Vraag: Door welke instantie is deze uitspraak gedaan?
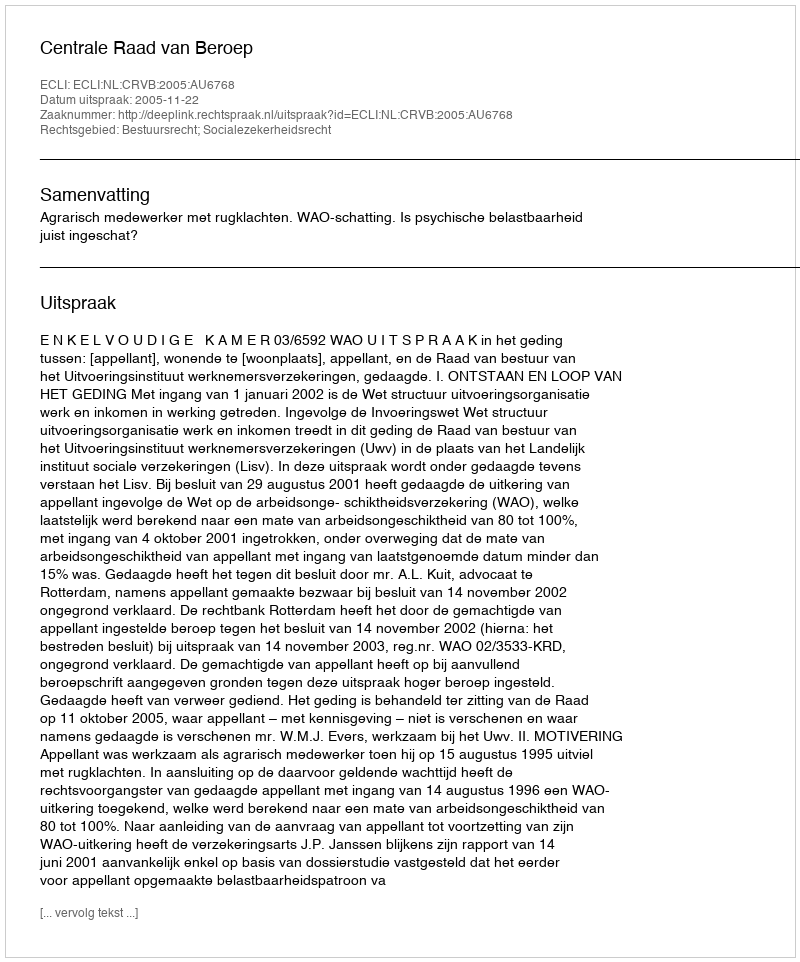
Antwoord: Centrale Raad van Beroep